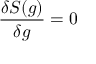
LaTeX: { \frac { \delta S ( g ) } { \delta g } } = 0